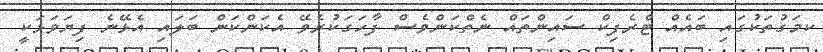
ކމަގުތަކުގައި ބައެއް ޓްރެފިކް ސައިންތައް ނެތްކަންވެސް ފާހަގަކުރެވޭ އެކަންކަން ބަލައި އެޅޭނެ ފިޔަވަޅަކީ